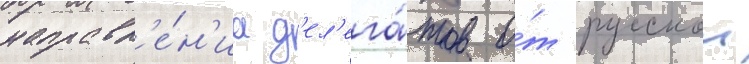
направл'е́н'иа д'ел'ега́тов о́т русскои